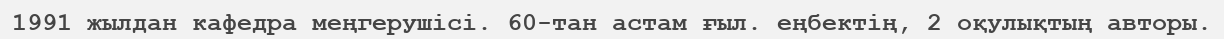
1991 жылдан кафедра меңгерушісі. 60-тан астам ғыл. еңбектің, 2 оқулықтың авторы.